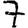
Digit: 7